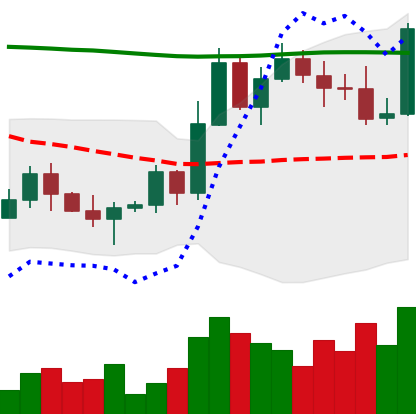
Ticker: BTC-USD
Chart end date: 2022-11-04
Forward return: -24.904%
Label: down_7plus